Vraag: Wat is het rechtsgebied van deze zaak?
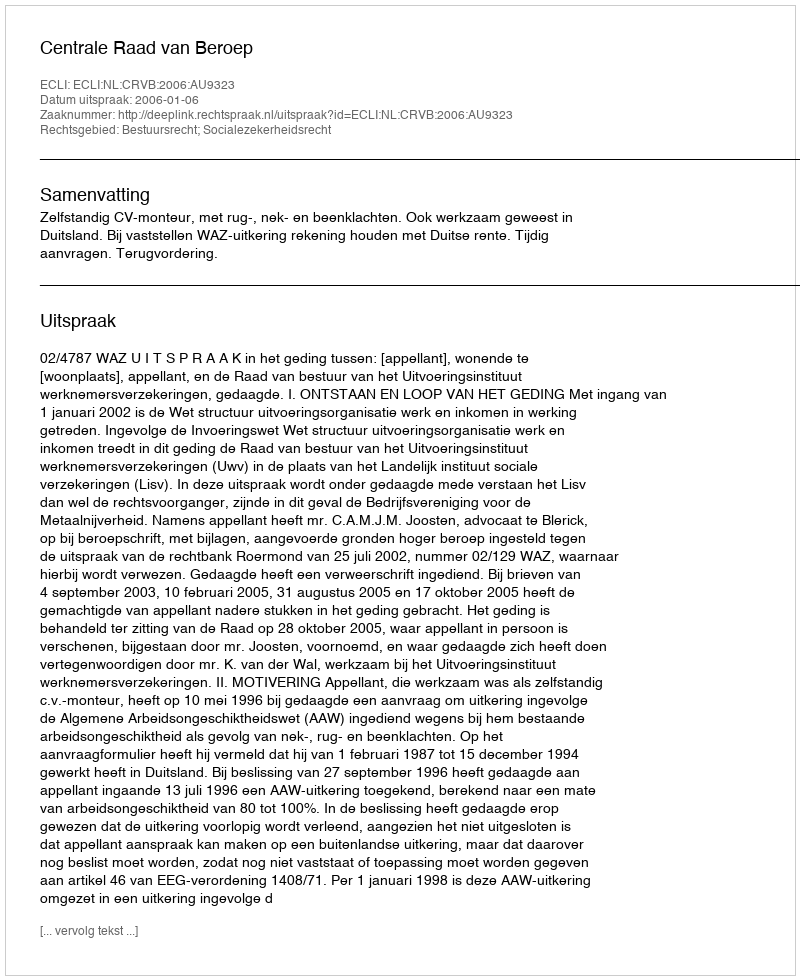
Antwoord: Bestuursrecht; Socialezekerheidsrecht